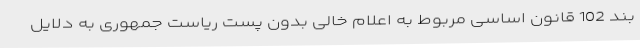
بند 102 قانون اساسی مربوط به اعلام خالی بدون پست ریاست جمهوری به دلایل